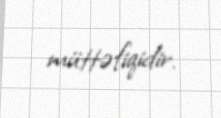
müttəfiqidir.